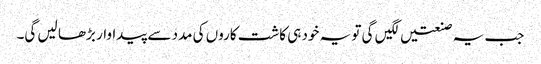
جب یہ صنعتیں لگیں گی تو یہ خود ہی کاشت کاروں کی مدد سے پیداوار بڑھا لیں گی۔